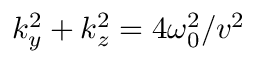
k _ { y } ^ { 2 } + k _ { z } ^ { 2 } = 4 \omega _ { 0 } ^ { 2 } / v ^ { 2 }